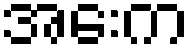
အေးက